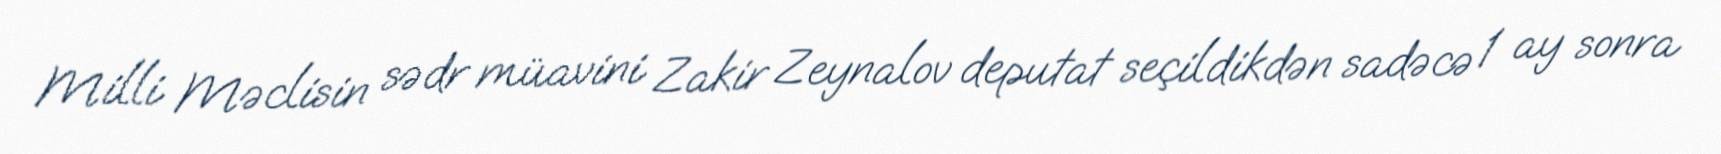
Milli Məclisin sədr müavini Zakir Zeynalov deputat seçildikdən sadəcə 1 ay sonra